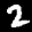
Label: 2